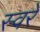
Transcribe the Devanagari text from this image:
स्वरे